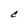
Character: C